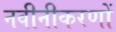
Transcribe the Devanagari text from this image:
नवीनीकरणों